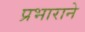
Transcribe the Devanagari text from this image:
प्रभाराने